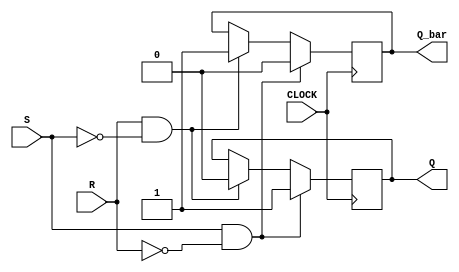
module sr_flipflop (
    input S, R, CLOCK,
    output Q, Q_bar
);

reg Q, Q_bar;

always @(posedge CLOCK) begin
    if (S && !R) begin
        Q <= 1;
        Q_bar <= 0;
    end else if (R && !S) begin
        Q <= 0;
        Q_bar <= 1;
    end
    // Hold previous state
end

endmodule